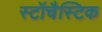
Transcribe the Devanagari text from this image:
स्टॉचैस्टिक